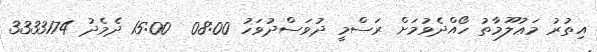
އިތުރު މަޢުލޫމާތު ހޯއްދެވުމަށް ރަސްމީ ދުވަސްދުވަހު 08:00  15:00 ދެމެދު 3333174